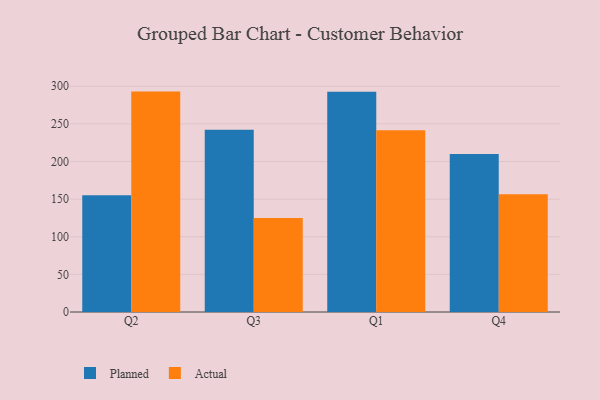
{"axis": {"x": "Quarter", "y": "Headcount"}, "legend": ["Actual", "Planned"], "data": [{"x": "Q2", "y": 155.2, "type": "Planned"}, {"x": "Q2", "y": 292.9, "type": "Actual"}, {"x": "Q3", "y": 242.2, "type": "Planned"}, {"x": "Q3", "y": 125.0, "type": "Actual"}, {"x": "Q1", "y": 292.8, "type": "Planned"}, {"x": "Q1", "y": 241.7, "type": "Actual"}, {"x": "Q4", "y": 210.1, "type": "Planned"}, {"x": "Q4", "y": 156.6, "type": "Actual"}]}